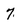
Character: 7